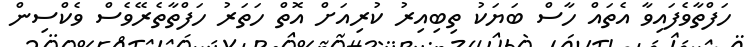
ހަފްތާވެފައިވާ އެތައް ހާސް ބަޔަކު ތިބިއިރު ކުރިއަށް އޮތް ހަތަރު ހަފްތާތެރޭވެސް ވެކްސިން